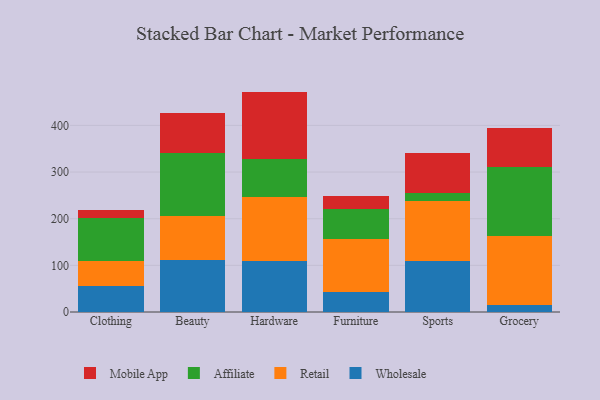
{"axis": {"x": "Category", "y": "Temperature (°C)"}, "legend": ["Affiliate", "Mobile App", "Retail", "Wholesale"], "data": [{"x": "Clothing", "y": 55.3, "type": "Wholesale"}, {"x": "Clothing", "y": 53.0, "type": "Retail"}, {"x": "Clothing", "y": 93.9, "type": "Affiliate"}, {"x": "Clothing", "y": 16.4, "type": "Mobile App"}, {"x": "Beauty", "y": 112.1, "type": "Wholesale"}, {"x": "Beauty", "y": 94.6, "type": "Retail"}, {"x": "Beauty", "y": 133.5, "type": "Affiliate"}, {"x": "Beauty", "y": 86.0, "type": "Mobile App"}, {"x": "Hardware", "y": 109.8, "type": "Wholesale"}, {"x": "Hardware", "y": 136.8, "type": "Retail"}, {"x": "Hardware", "y": 82.4, "type": "Affiliate"}, {"x": "Hardware", "y": 143.5, "type": "Mobile App"}, {"x": "Furniture", "y": 42.8, "type": "Wholesale"}, {"x": "Furniture", "y": 114.4, "type": "Retail"}, {"x": "Furniture", "y": 64.6, "type": "Affiliate"}, {"x": "Furniture", "y": 27.5, "type": "Mobile App"}, {"x": "Sports", "y": 109.9, "type": "Wholesale"}, {"x": "Sports", "y": 129.1, "type": "Retail"}, {"x": "Sports", "y": 16.0, "type": "Affiliate"}, {"x": "Sports", "y": 86.5, "type": "Mobile App"}, {"x": "Grocery", "y": 14.7, "type": "Wholesale"}, {"x": "Grocery", "y": 148.4, "type": "Retail"}, {"x": "Grocery", "y": 146.7, "type": "Affiliate"}, {"x": "Grocery", "y": 83.8, "type": "Mobile App"}]}